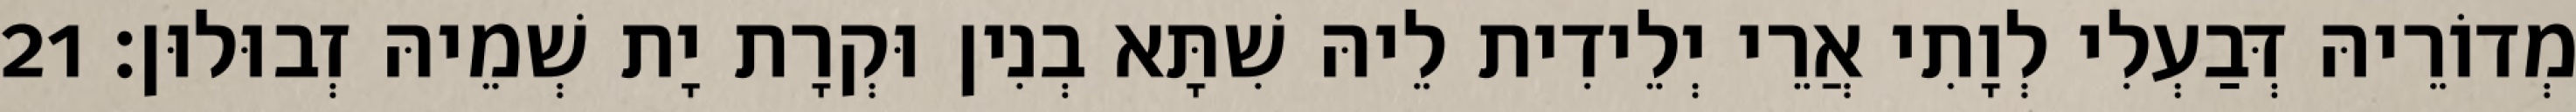
מְדוֹרֵיהּ דְּבַעְלִי לְוָתִי אֲרֵי יְלֵידִית לֵיהּ שִׁתָּא בְנִין וּקְרָת יָת שְׁמֵיהּ זְבוּלוּן׃ 21